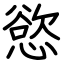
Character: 慾